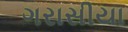
ગરાસીયા